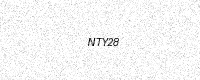
Text: NTY28